Report on lock hospitals in British Burma
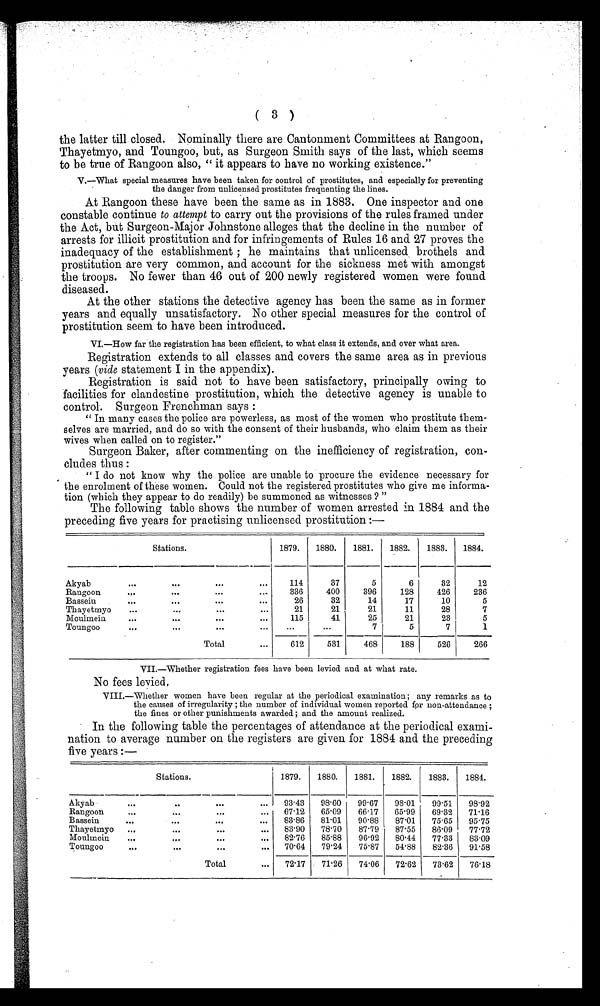
( 3 )
the latter till closed. Nominally there are Cantonment Committees at Rangoon,
Thayetmyo, and Toungoo, but, as Surgeon Smith says of the last, which seems
to be true of Rangoon also, " it appears to have no working existence."
V.-What special measures have been taken for control of prostitutes, and especially for preventing
the danger from unlicensed prostitutes frequenting the lines.
At Rangoon these have been the same as in 1883. One inspector and one
constable continue to attempt to carry out the provisions of the rules framed under
the Act, but Surgeon-Major Johnstone alleges that the decline in the number of
arrests for illicit prostitution and for infringements of Rules 16 and 27 proves the
inadequacy of the establishment ; he maintains that unlicensed brothels and
prostitution are very common, and account for the sickness met with amongst
the troops. No fewer than 46 out of 200 newly registered women were found
diseased.
At the other stations the detective agency has been the same as in former
years and equally unsatisfactory. No other special measures for the control of
prostitution seem to have been introduced.
VI.-How far the registration has been efficient, to what class it extends, and over what area.
Registration extends to all classes and covers the same area as in previous
years (vide statement I in the appendix).
Registration is said not to have been satisfactory, principally owing to
facilities for clandestine prostitution, which the detective agency is unable to
control. Surgeon Frenchman says :
" In many cases the police are powerless, as most of the women who prostitute them-
3elves are married, and do so with the consent of their husbands, who claim them as their
wives when called on to register."
Surgeon Baker, atter commenting on the inetnciency of registration, con-
cludes thus :
" I do not know why the police are unable to procure the evidence necessary for
the enrolment of these women. Could not the registered prostitutes who give me informa-
tion (which they appear to do readily) be summoned as witnesses ?"
The following table shows the number of women arrested in 1884 and the
preceding five years for practising unlicensed prostitution :-
Stations.
1879.
1880.
1881.
1882.
1883.
1884.
Akyab
...
...
. . .
114
37
5
6
32
12
Rangoon
...
...
...
...
336
400
396
128
426
236
Bassein
...
...
...
...
26
32
14
17
10
5
Thayetmyo
...
...
...
...
21
21
21
11
28
7
Moulmein
...
...
...
. . .
115
41
25
21
23
5
Toungoo
.„
...
...
. . .
. . .
. . .
7
5
7
1
Total
...
612
531
468
188
526
266
VII.-Whether registration fees have been levied and at what rate.
No fees levied,
VIII.-Whether women have been regular at the periodical examination ; any remarks as to
the causes of irregularity ; the number of individual women reported for non-attendance ;
the fines or other punishments awarded ; and the amount realized.
In the following table the percentages of attendance at the periodical exami-
nation to average number on the registers are given for 1884 and the preceding
five years :-
Stations.
1879.
1880.
1881.
1882.
1883.
1884.
Akyab
...
..
. . .
93'43
98. 60 . 99. 67
98.01
99 . 51
98.92
Rangoon
...
...
..,
...
67 . 12
65 .09
66 . 17
65 . 99
69 . 32
71.16
Bassein
...
.O.
. . .
83 . 86 I 81.01
90 . 88
87.01
75 . 65
95.75
Thayetmyo ..,
...
...
. . . 83 . 90
78. 70
87 .79
87. 55
86.09
77.72
Moulmein
...
9 O.
...
e„
82. 76
85 .88
96. 92
80. 44
77 . 33
83.09
Toungoo
.0
..
..
. . .
70. 64
79'24
75 . 87
54.88
82. 36
91.58
Total
...
72'17
71'26
74. 06
72.62
73 . 62 1 76.18